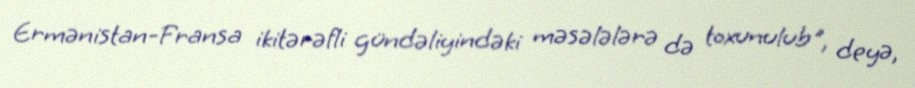
Ermənistan-Fransa ikitərəfli gündəliyindəki məsələlərə də toxunulub", deyə,